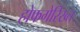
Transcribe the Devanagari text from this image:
होफगेरिख्त